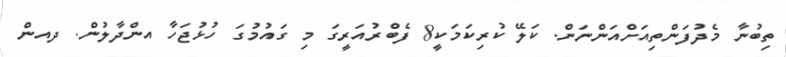
ތިބުނާ މެދުފަންތިއަށްއަންނަން. ކަލޭ ކުރިކަމަކީ8 ފެބްރުއަރީގަ މި ގައުމުގަ ހުޅުޖަހާ އންދާލުން. ދއން